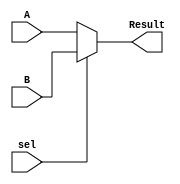
`timescale 1ns / 1ps
//////////////////////////////////////////////////////////////////////////////////
// Company: 
// Engineer: 
// 
// Design Name: 
// Module Name: Mux32bit
// Project Name: 
// Target Devices: 
// Tool Versions: 
// Description: 
// 
// Dependencies: 
// 
// Revision:
// Revision 0.01 - File Created
// Additional Comments:
// 
//////////////////////////////////////////////////////////////////////////////////


module Mux32bit(
    input [31:0] A , 
    input [31:0] B , 
    input sel , 
    output [31:0] Result 
    );
    assign Result = (sel == 0) ? A : B ; 
endmodule